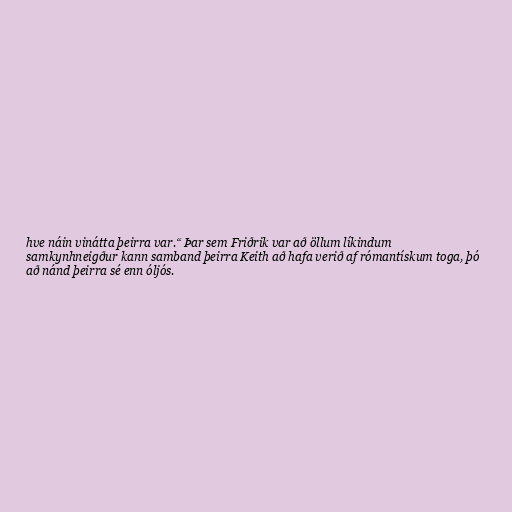
hve náin vinátta þeirra var.“ Þar sem Friðrik var að öllum líkindum
samkynhneigður kann samband þeirra Keith að hafa verið af rómantískum toga, þó
að nánd þeirra sé enn óljós.